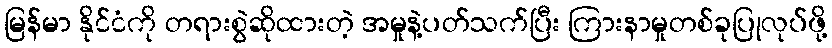
မြန်မာ နိုင်ငံကို တရားစွဲဆိုထားတဲ့ အမှုနဲ့ပတ်သက်ပြီး ကြားနာမှုတစ်ခုပြုလုပ်ဖို့